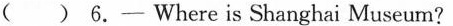
( ) 6.—Where is Shanghai Museum?